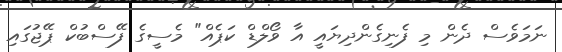
ނަމަވެސް ދެން މި ފެނިގެންދިޔައީ އާ ވޯލްޑް ކަޕެއް" މެސީގެ ފޭސްބުކް ޕޭޖުގައި